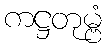
ကဋ္ဌတုမ္ဗံ